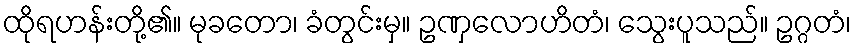
ထိုရဟန်းတို့၏။ မုခတော၊ ခံတွင်းမှ။ ဥဏှလောဟိတံ၊ သွေးပူသည်။ ဥဂ္ဂတံ၊